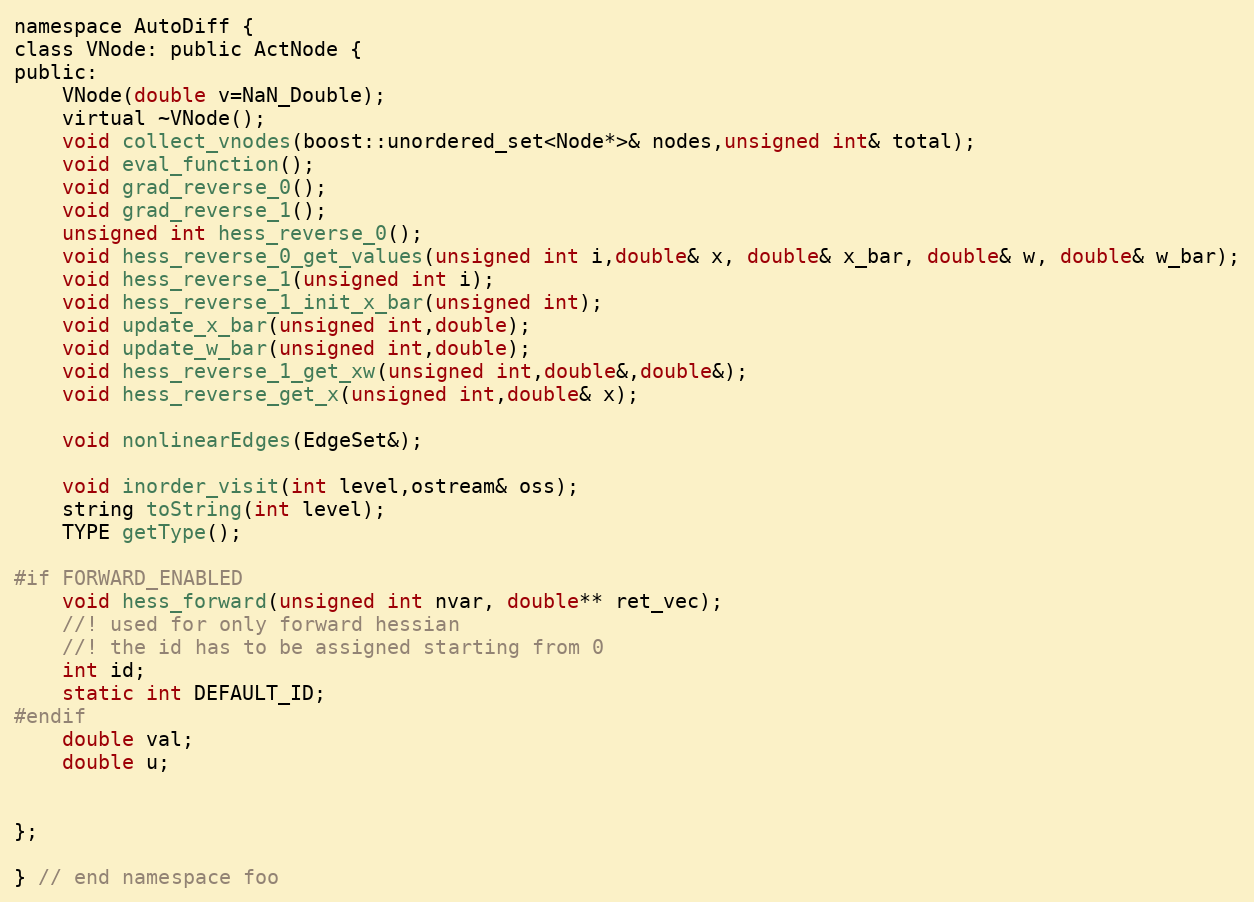
Language: C
namespace AutoDiff {
class VNode: public ActNode {
public:
	VNode(double v=NaN_Double);
	virtual ~VNode();
	void collect_vnodes(boost::unordered_set<Node*>& nodes,unsigned int& total);
	void eval_function();
	void grad_reverse_0();
	void grad_reverse_1();
	unsigned int hess_reverse_0();
	void hess_reverse_0_get_values(unsigned int i,double& x, double& x_bar, double& w, double& w_bar);
	void hess_reverse_1(unsigned int i);
	void hess_reverse_1_init_x_bar(unsigned int);
	void update_x_bar(unsigned int,double);
	void update_w_bar(unsigned int,double);
	void hess_reverse_1_get_xw(unsigned int,double&,double&);
	void hess_reverse_get_x(unsigned int,double& x);

	void nonlinearEdges(EdgeSet&);

	void inorder_visit(int level,ostream& oss);
	string toString(int level);
	TYPE getType();

#if FORWARD_ENABLED
	void hess_forward(unsigned int nvar, double** ret_vec);
	//! used for only forward hessian
	//! the id has to be assigned starting from 0
	int id;
	static int DEFAULT_ID;
#endif
	double val;
	double u;

};

} // end namespace foo